Indian journal of veterinary science and animal husbandry - Volumes 15-17, 1948-1951
Year: 1948
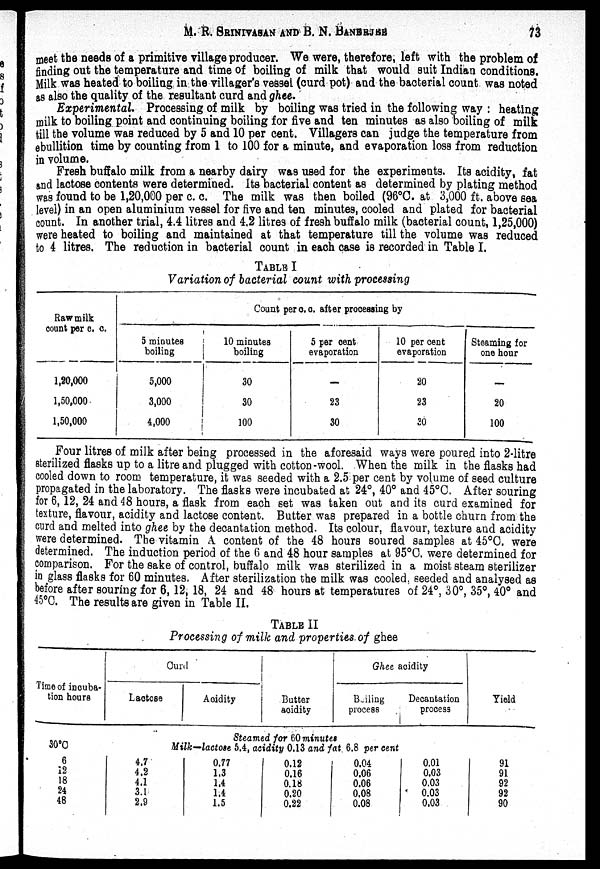
M. R. SRINIVASAN AND B. N.
BANERJEE
73
meet the needs of a primitive village producer. We were, therefore, left with the problem of
finding out the temperature and time of boiling of milk that would suit Indian conditions.
Milk was heated to boiling in the villager's vessel (curd pot) and the bacterial count was noted
as also the quality of the resultant curd and ghee.
Experimental. Processing of milk by boiling was tried in the following way : heating
milk to boiling point and continuing boiling for five and ten minutes as also boiling of milk
till the volume was reduced by 5 and 10 per cent. Villagers can judge the temperature from
ebullition time by counting from 1 to 100 for a minute, and evaporation loss from reduction
in volume.
Fresh buffalo milk from a nearby dairy was used for the experiments. Its acidity, fat
and lactose contents were determined. Its bacterial content as determined by plating method
was found to be 1,20,000 per c. c. The milk was then boiled (96°C. at 3,000 ft. above sea
level) in an open aluminium vessel for five and ten minutes, cooled and plated for bacterial
count. In another trial, 4.4 litres and 4.2 litres of fresh buffalo milk (bacterial count, 1,25,000)
were heated to boiling and maintained at that temperature till the volume was reduced
to 4 litres. The reduction in bacterial count in each case is recorded in Table I.
TABLE I
Variation of bacterial count with processing
Raw milk
count per c. C.
1,20,000
1,50,000
1,50,000
Count per c. c. after processing by
5 minutes
boiling
5,000
3,000
4,000
10 minutes
boiling
30
30
100
5 per cent
evaporation
—
23
30
10 per cent
evaporation
20
23
30
Steaming for
one hour
—
20
100
Four litres of milk after being processed in the aforesaid ways were poured into 2-litre
sterilized flasks up to a litre and plugged with cotton-wool. When the milk in the flasks had
cooled down to room temperature, it was seeded with a 2.5 per cent by volume of seed culture
propagated in the laboratory. The flasks were incubated at 24°, 40° and 45°C. After souring
for 6, 12, 24 and 48 hours, a flask from each set was taken out and its curd examined for
texture, flavour, acidity and lactose content. Butter was prepared in a bottle churn from the
curd and melted into ghee by the decantation method. Its colour, flavour, texture and acidity
were determined. The vitamin A content of the 48 hours soured samples at 45°C. were
determined. The induction period of the 6 and 48 hour samples at 95°C. were determined for
comparison. For the sake of control, buffalo milk was sterilized in a moist steam sterilizer
in glass flasks for 60 minutes. After sterilization the milk was cooled, seeded and analysed as
before after souring for 6, 12, 18, 24 and 48 hours at temperatures of 24°, 30°, 35°, 40° and
45°C. The results are given in Table II.
TABLE II
Processing of milk and properties of ghee
Time of incuba-
tion hours
30°C
6
12
18
24
48
Curd
Lactose
Acidity
Butter
acidity
Ghee acidity
Boiling
process
Steamed for 60 minutes
Milk—lactose 5.4, acidity 0.13 and fat 6.8 per cent
4.7
4.2
4.1
3.1
2.9
0.77
1.3
1.4
1.4
1.5
0.12
0.16
0.18
0.20
0.22
0.04
0.06
0.06
0.08
0.08
Decantation
process
0.01
0.03
0.03
0.03
0.03
Yield
91
91
92
92
90